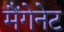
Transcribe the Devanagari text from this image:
मैंगेनेट